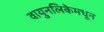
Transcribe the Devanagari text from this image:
वायुनलिकेमधून